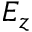
E _ { z }